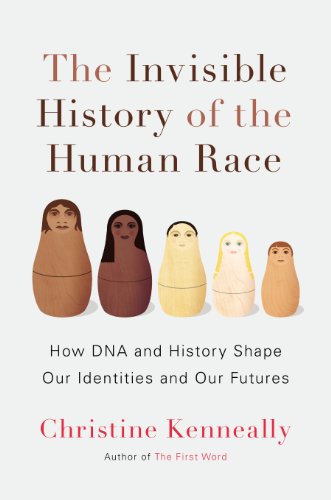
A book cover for The Invisible History of the Human Race: How DNA and History Shape Our Identities and Our Futures; Christine Kenneally; Medical Books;